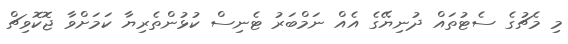
މި މެޗުގެ ސެޓުތައް ދުނިޔޭގެ އެއް ނަމްބަރު ޓެނިސް ކުޅުންތެރިޔާ ކަމަށްވާ ޖޮކޮވިޗް